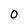
Character: 0